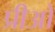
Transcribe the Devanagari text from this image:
प्रीओ